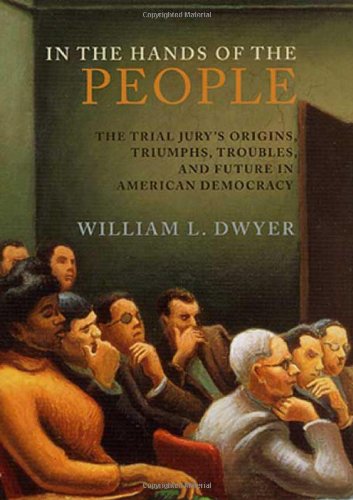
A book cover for In the Hands of the People: The Trial Jury's Origins, Triumphs, Troubles, and Future in American Democracy; William L. Dwyer; Law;